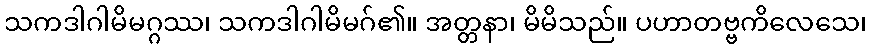
သကဒါဂါမိမဂ္ဂဿ၊ သကဒါဂါမိမဂ်၏။ အတ္တနာ၊ မိမိသည်။ ပဟာတဗ္ဗကိလေသေ၊